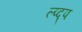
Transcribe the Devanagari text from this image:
ल्प्द्प